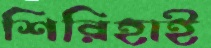
শিরিহাই